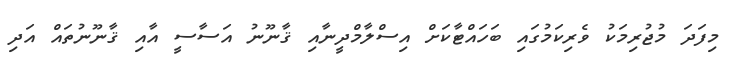
މިފަދަ މުޖުރިމަކު ވެރިކަމުގައި ބަހައްޓާކަށް އިސްލާމްދީނާއި ޤާނޫނު އަސާސީ އާއި ޤާނޫނުތައް އަދި